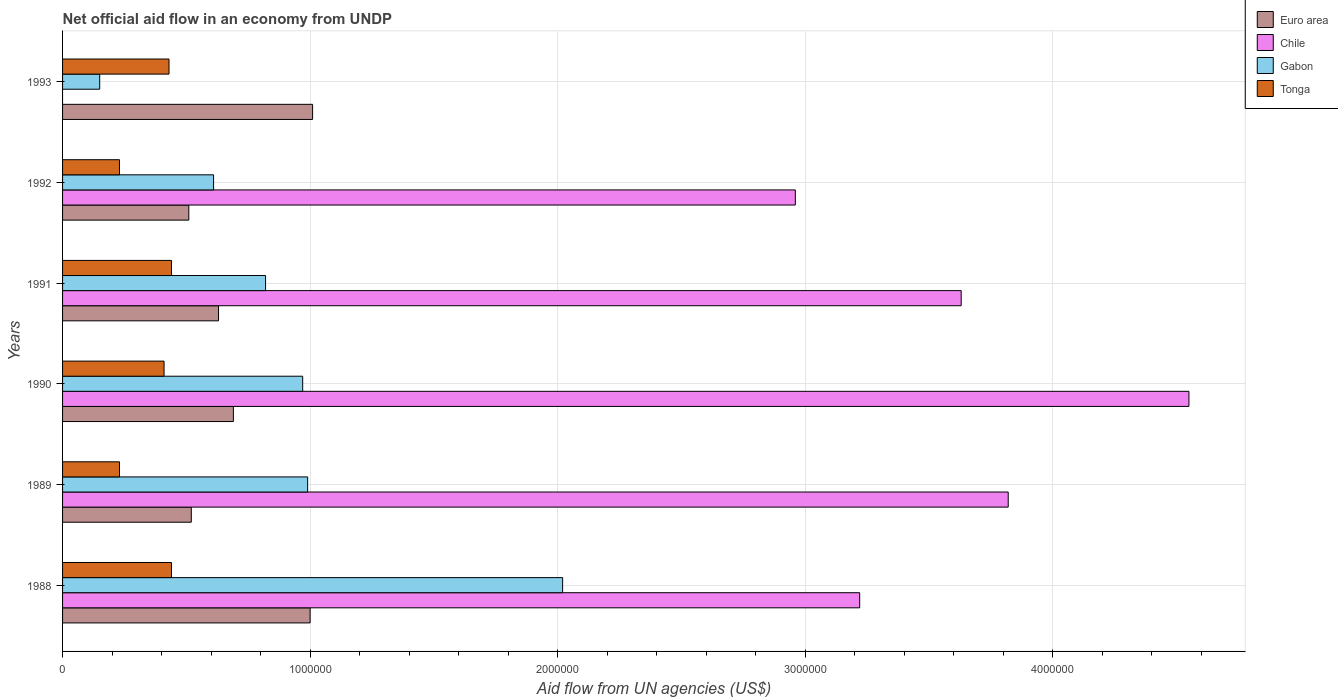
| Years | Euro area | Chile | Gabon | Tonga |
 | --- | --- | --- | --- | --- |
 | 1988 | 1e+06 | 3.22e+06 | 2.02e+06 | 4.4e+05 |
 | 1989 | 5.2e+05 | 3.82e+06 | 9.9e+05 | 2.3e+05 |
 | 1990 | 6.9e+05 | 4.55e+06 | 9.7e+05 | 4.1e+05 |
 | 1991 | 6.3e+05 | 3.63e+06 | 8.2e+05 | 4.4e+05 |
 | 1992 | 5.1e+05 | 2.96e+06 | 6.1e+05 | 2.3e+05 |
 | 1993 | 1.01e+06 | -7.5e+05 | 1.5e+05 | 4.3e+05 |